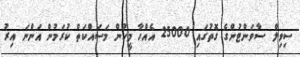
ސިވިލް ސާވަންޓުންގެ ގޮތުގައި 25000 އެއްހާ މީހުން މަސައްކަތް ކުރަމުން އަންނަ އިރު